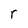
Character: r